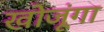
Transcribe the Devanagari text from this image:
खोजूंगा